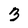
Character: 3